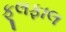
ફૂલફાલ